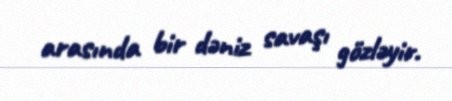
arasında bir dəniz savaşı gözləyir.